Civil Veterinary Department Bengal reports 1933-51 - 1933-1951
Year: 1933
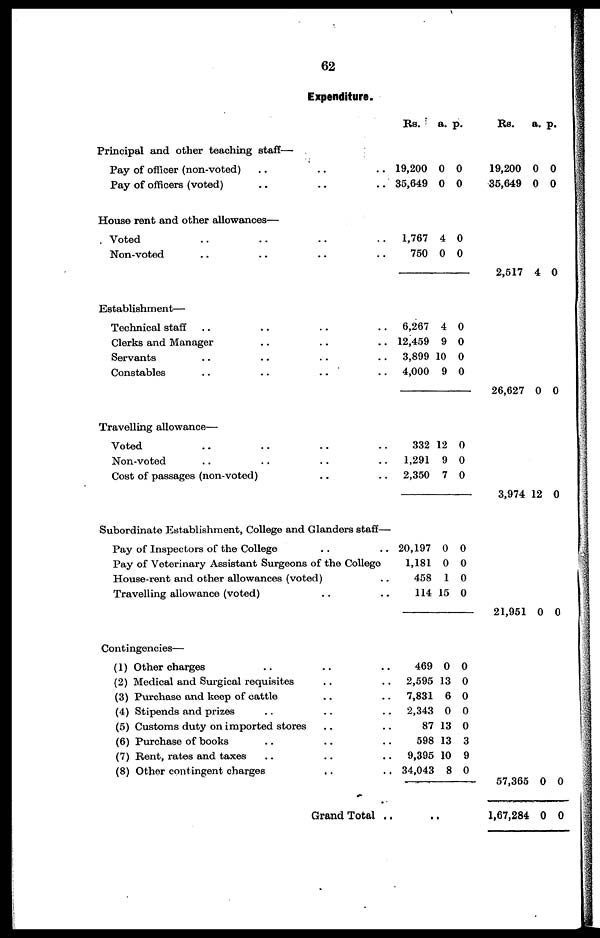
62
Expenditure.
Principal and other teaching staff—
Pay of officer (non-voted) .. .. ..
Pay of officers (voted) .. .. ..
House rent and other allowances—
Voted .. .. .. ..
Non-voted .. .. .. ..
Establishment—
Technical staff .. .. .. ..
Clerks and Manager .. .. ..
Servants .. .. .. ..
Constables
..
..
..
..
Travelling allowance—
Voted .. .. .. ..
Non-voted .. .. .. ..
Cost of passages (non-voted) .. ..
Subordinate Establishment, College and Glanders staff—
Pay of Inspectors of the College .. ..
Pay of Veterinary Assistant Surgeons of the College
House-rent and other allowances (voted) ..
Travelling allowance (voted) .. ..
Contingencies—
(1) Other charges .. .. ..
(2) Medical and Surgical requisites .. ..
(3) Purchase and keep of cattle .. ..
(4) Stipends and prizes .. .. ..
(5) Customs duty on imported stores .. ..
(6) Purchase of books .. .. ..
(7) Rent, rates and taxes .. .. ..
(8) Other contingent charges .. ..
Grand Total ..
Rs.
19,200
35,649
1,767
750
6,267
12,459
3,899
4,000
332
1,291
2,350
20,197
1,181
458
114
469
2,595
7,831
2,343
87
598
9,395
34,043
..
a.
0
0
4
0
4
9
10
9
12
9
7
0
0
1
15
0
13
6
0
13
13
10
8
p.
0
0
0
0
0
0
0
0
0
0
0
0
0
0
0
0
0
0
0
0
3
9
0
Rs.
19,200
35,649
2,517
26,627
3,974
21,951
57,365
1,67,284
a.
0
0
4
0
12
0
0
0
p.
0
0
0
0
0
0
0
0